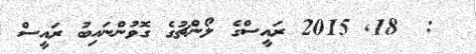
:  18